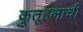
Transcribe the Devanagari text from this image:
कुतूहलाची